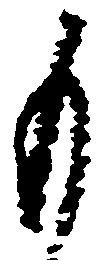
も